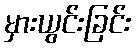
မှားယွင်းခြင်း